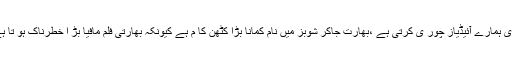
انہوں نے کہا کہ بھارتی فلم انڈسٹری ہمارے آئیڈیاز چور ی کرتی ہے ،بھارت جاکر شوبز میں نام کمانا بڑا کٹھن کا م ہے کیونکہ بھارتی فلم مافیا بڑ ا خطرناک ہو تا ہے جو کسی کو آگے نہیں آنے دیتا ۔